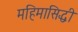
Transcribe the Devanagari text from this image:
महिमासिद्धी